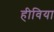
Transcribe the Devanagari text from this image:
हीविया